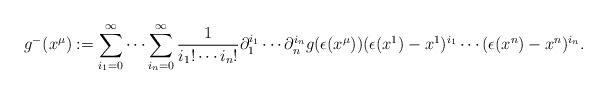
\begin{align*}g^-(x^{\mu}):=\sum_{i_1=0}^{\infty}\cdots\sum_{i_n=0}^{\infty}\frac{1}{i_1!\cdots i_n!}\partial_1^{i_1}\cdots \partial_n^{i_n}g(\epsilon(x^{\mu})) (\epsilon(x^1)-x^1)^{i_1}\cdots(\epsilon(x^n)-x^n)^{i_n}.\end{align*}